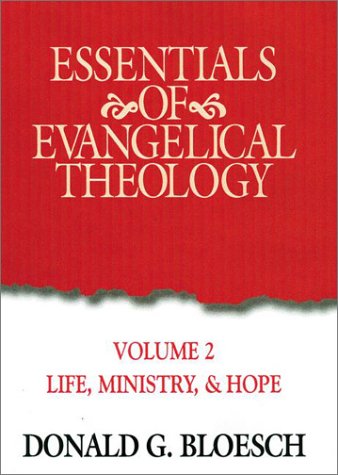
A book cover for Essentials Of Evangelical Theology Volume 2; Donald G Bloesch; Christian Books & Bibles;